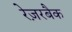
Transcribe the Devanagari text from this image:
रेज़रबैक